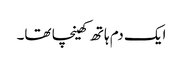
ایک دم ہاتھ کھینچا تھا۔